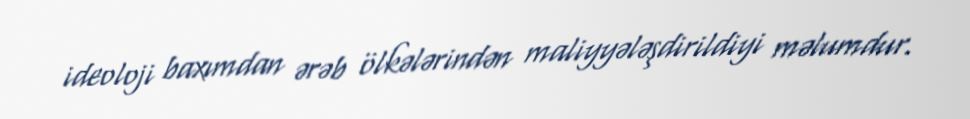
ideoloji baxımdan ərəb ölkələrindən maliyyələşdirildiyi məlumdur.